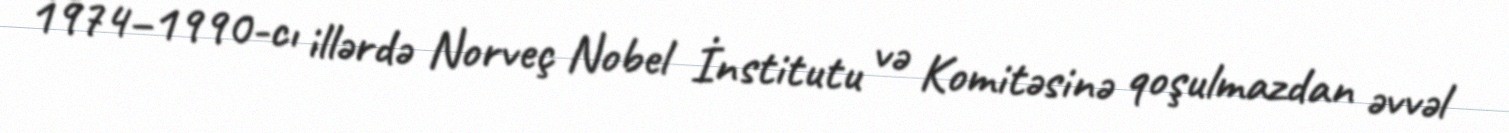
1974–1990-cı illərdə Norveç Nobel İnstitutu və Komitəsinə qoşulmazdan əvvəl